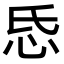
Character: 𢗪